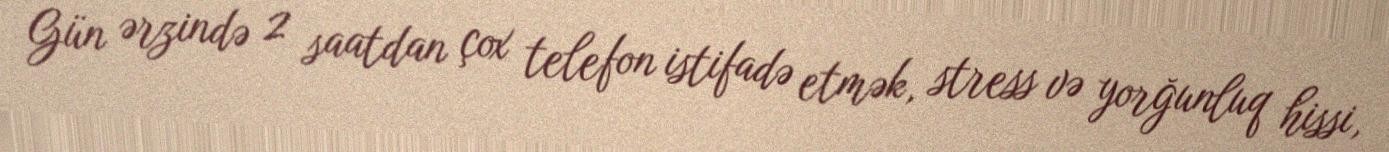
Gün ərzində 2 saatdan çox telefon istifadə etmək, stress və yorğunluq hissi,